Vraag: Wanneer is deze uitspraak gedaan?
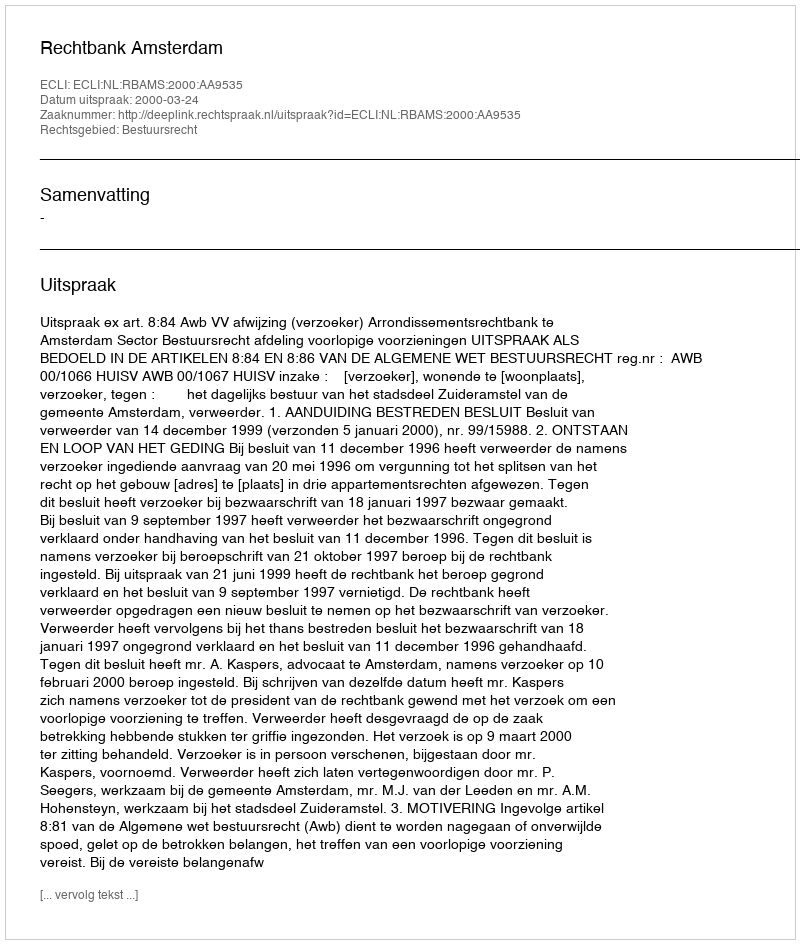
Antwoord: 2000-03-24